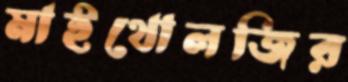
মাইথোলজির